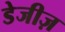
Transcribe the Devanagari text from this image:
डेजीज़